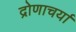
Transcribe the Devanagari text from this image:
द्रोणाचर्या